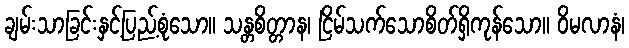
ချမ်းသာခြင်းနှင့်ပြည့်စုံသော။ သန္တစိတ္တာန၊ ငြိမ်သက်သောစိတ်ရှိကုန်သော။ ဝိမလာနံ၊